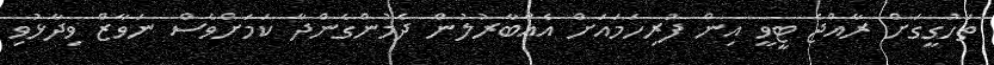
ތަހުގީގަށް ރާއްޖެ ޓީވީ އިން ފުރިހަމައަށް އެއްބާރުލުން ދެމުންގެންދާ ކަމަށްވެސް ނަވާޒް ވިދާޅުވި